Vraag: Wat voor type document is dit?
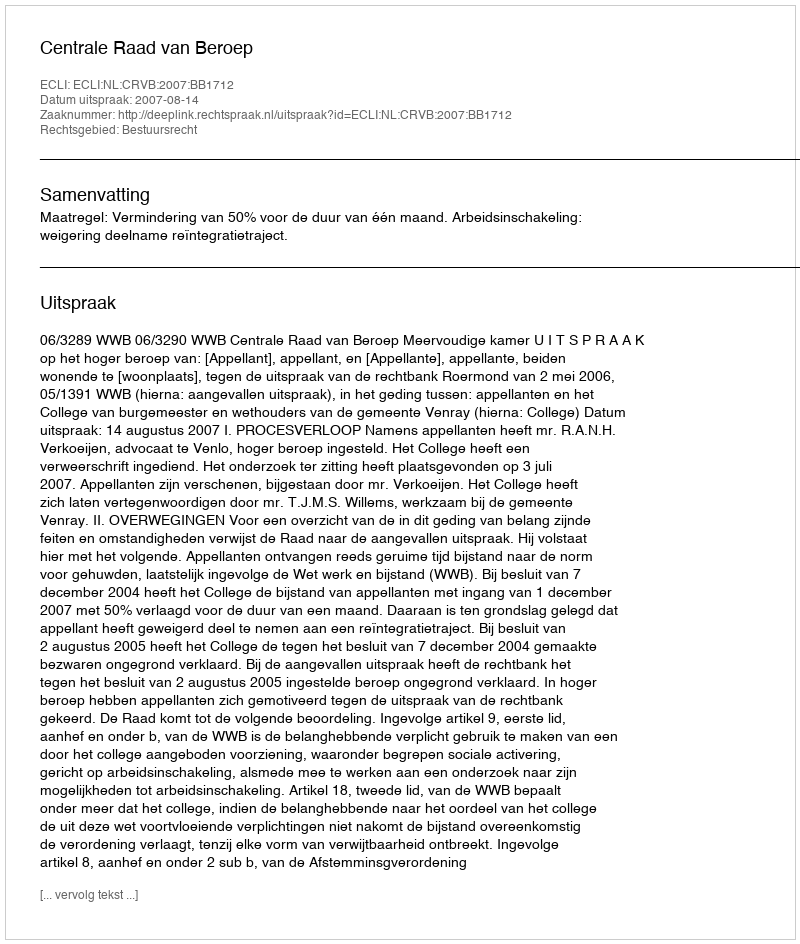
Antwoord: Uitspraak